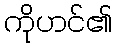
ကိုဟင်၏